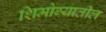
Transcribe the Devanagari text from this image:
शिमोग्यातील